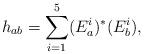
LaTeX: \begin{align*} h_{ab}=\sum_{i=1}^5(E_a^i)^\ast (E_b^i),\end{align*}